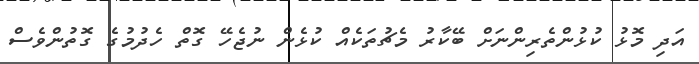
އަދި މޮޅު ކުޅުންތެރިންނަށް ބޭކާރު މެޗުތަކެއް ކުޅެން ނުޖެހޭ ގޮތް ހެދުމުގެ ގޮތުންވެސް